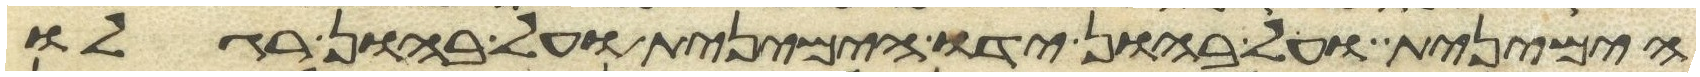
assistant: הימנית ועל בהון ידו הימנית ועל בהון רגלו